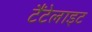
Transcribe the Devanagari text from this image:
टैंटेलाइट